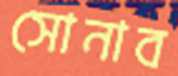
সোনাব